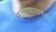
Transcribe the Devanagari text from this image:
बलात्कारानंतर